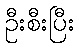
ဦးစီးပြီး